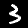
Label: 3